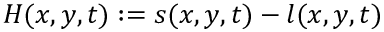
H ( x , y , t ) : = s ( x , y , t ) - l ( x , y , t )